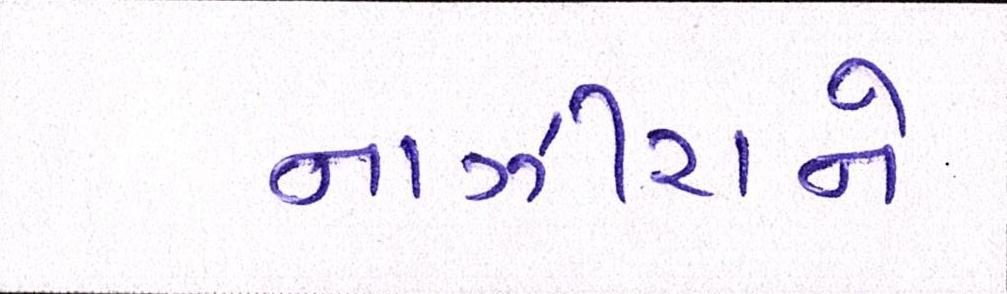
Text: નાઝીરાને